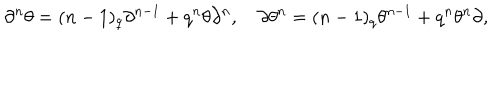
LaTeX: \partial ^ { n } \theta = ( n - 1 ) _ { q } \partial ^ { n - 1 } + q ^ { n } \theta \partial ^ { n } , \quad \partial \theta ^ { n } = ( n - 1 ) _ { q } \theta ^ { n - 1 } + q ^ { n } \theta ^ { n } \partial ,